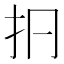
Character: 㧇